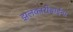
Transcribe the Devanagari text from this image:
झलकारीबाईंना